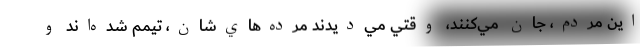
اين مردم، جان مي‌كنند، وقتي مي‌ديدند مرده‌هاي‌شان، تيمم شده‌اند و